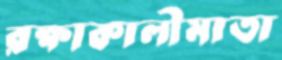
রক্ষাকালীমাতা